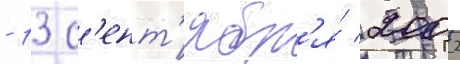
- 13 с'ент'ябр'я́ 2002